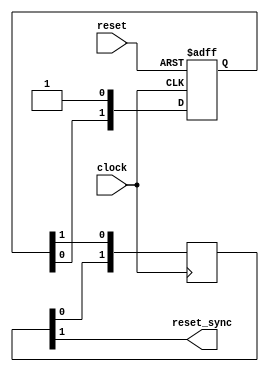
module reset_synchronizer (
    input  clock,
    input  reset,
    output reset_sync
);
reg [1:0]   sync_deasert_reg;
reg [1:0]   sync_asert_reg;

always @ (posedge clock or negedge reset)
    begin
        if (!reset)
            begin
                sync_deasert_reg[1:0] <= 2'b00;
            end
        else
            begin
                sync_deasert_reg[1:0] <= {sync_deasert_reg[0], 1'b1};
            end
    end
    
always @ (posedge clock)
    begin
        sync_asert_reg[1:0] <= {sync_asert_reg[0], sync_deasert_reg[1]};
    end
assign reset_sync = sync_asert_reg[1];

endmodule